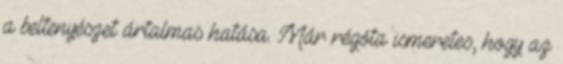
a beltenyészet ártalmas hatása. Már régóta ismeretes, hogy az